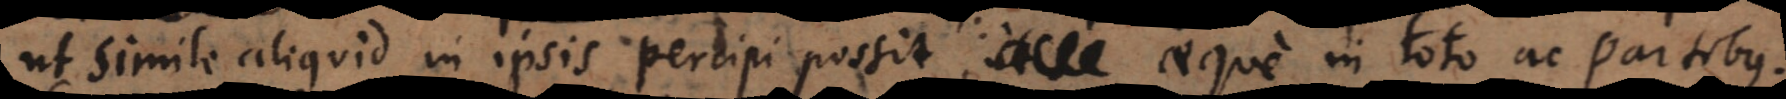
ut simile aliquid in ipsis percipi possit, aeque in toto ac partibus.